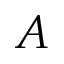
A